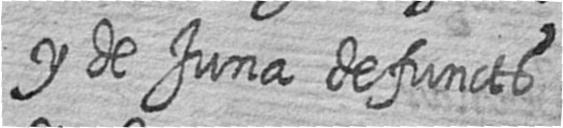
y de Juna defuncts